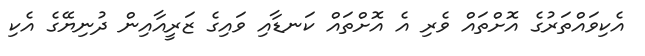
އެކިވައްތަރުގެ އޮށްތައް ވެރި އެ އޮށްތައް ކަނޑާއި ވައިގެ ޒަރީއާއިން ދުނިޔޭގެ އެކި